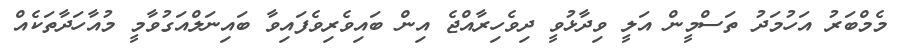
މެމްބަރު އަހުމަދު ތަސްމީން އަލީ ވިދާޅުވީ ދިވެހިރާއްޖެ އިން ބައިވެރިވެފައިވާ ބައިނަލްއަގުވާމީ މުއާހަދާތަކެއް